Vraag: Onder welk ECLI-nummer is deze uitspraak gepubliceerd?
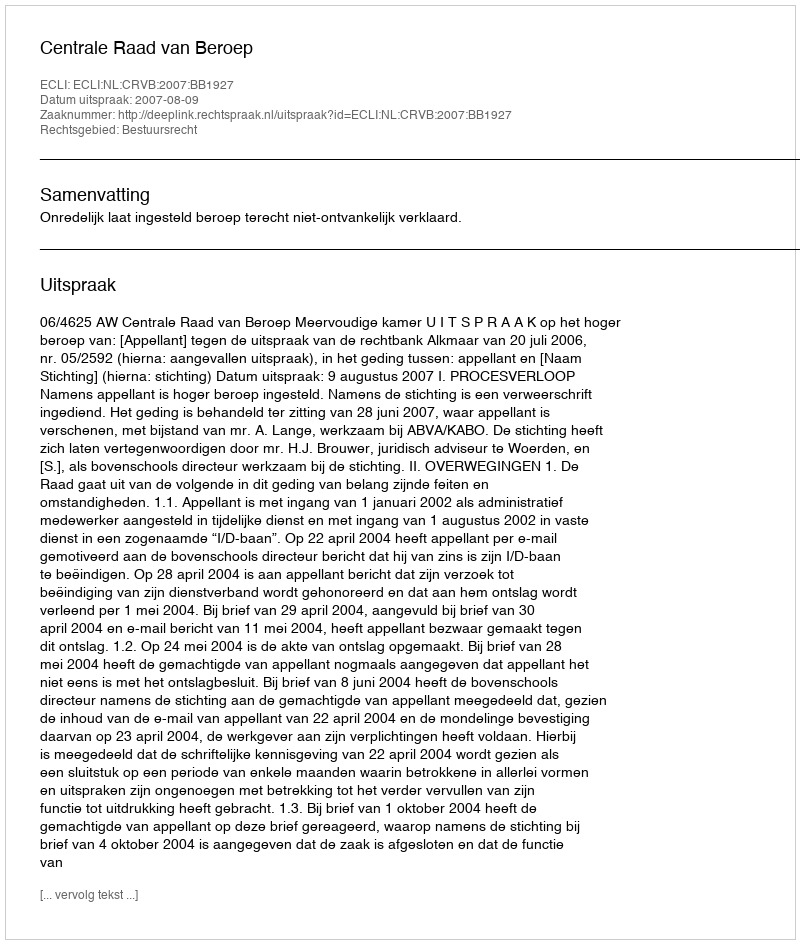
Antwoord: ECLI:NL:CRVB:2007:BB1927